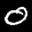
Label: 0